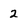
Character: 2